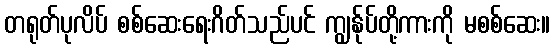
တရုတ်ပုလိပ် စစ်ဆေးရေးဂိတ်သည်ပင် ကျွန်ုပ်တို့ကားကို မစစ်ဆေး။